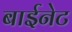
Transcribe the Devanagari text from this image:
बाईनेट